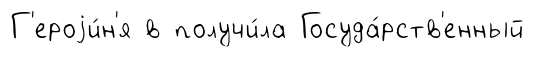
Г'ероjи́н'я в получи́ла Госуда́рств'енный